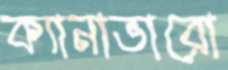
ক্যানাভারো